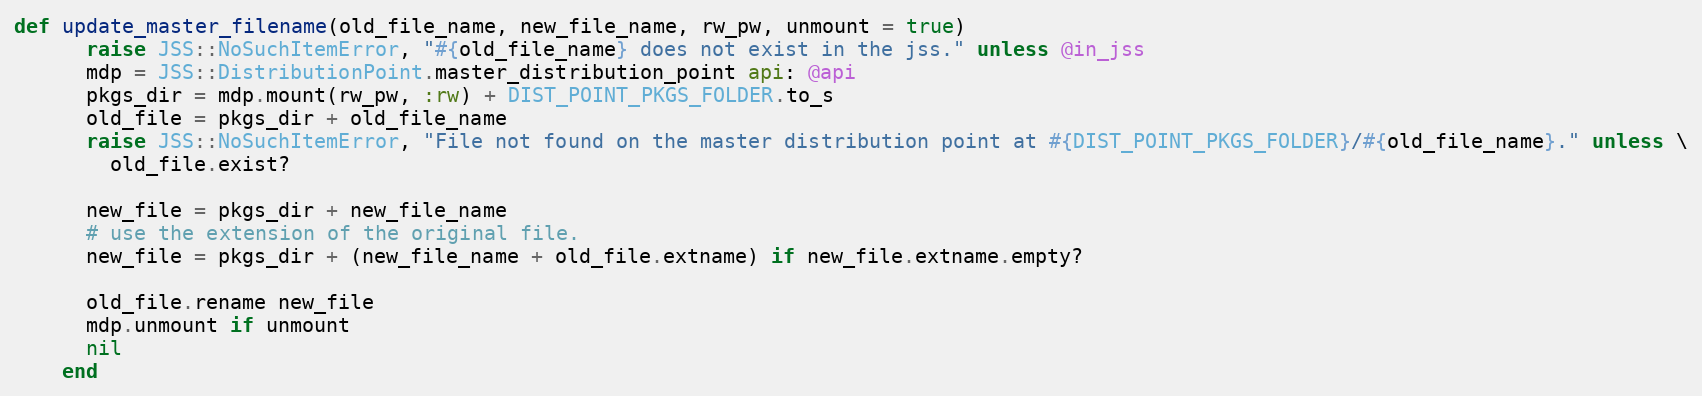
Language: Ruby
def update_master_filename(old_file_name, new_file_name, rw_pw, unmount = true)
      raise JSS::NoSuchItemError, "#{old_file_name} does not exist in the jss." unless @in_jss
      mdp = JSS::DistributionPoint.master_distribution_point api: @api
      pkgs_dir = mdp.mount(rw_pw, :rw) + DIST_POINT_PKGS_FOLDER.to_s
      old_file = pkgs_dir + old_file_name
      raise JSS::NoSuchItemError, "File not found on the master distribution point at #{DIST_POINT_PKGS_FOLDER}/#{old_file_name}." unless \
        old_file.exist?

      new_file = pkgs_dir + new_file_name
      # use the extension of the original file.
      new_file = pkgs_dir + (new_file_name + old_file.extname) if new_file.extname.empty?

      old_file.rename new_file
      mdp.unmount if unmount
      nil
    end